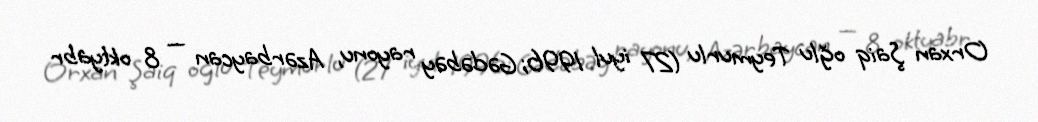
Orxan Şaiq oğlu Teymurlu (27 iyul 1996; Gədəbəy rayonu, Azərbaycan — 8 oktyabr